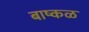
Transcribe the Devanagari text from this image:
बाष्कळ